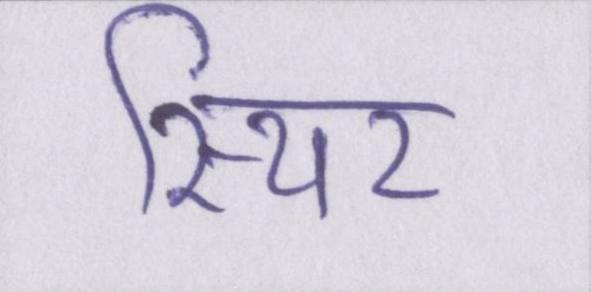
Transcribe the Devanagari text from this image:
स्थिर